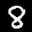
Label: 8